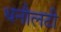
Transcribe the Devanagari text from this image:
धनौलटी